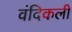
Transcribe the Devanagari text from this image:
वंदिकली